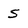
Character: 5